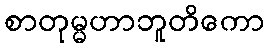
စာတုမ္မဟာဘူတိကော